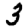
Digit: 3